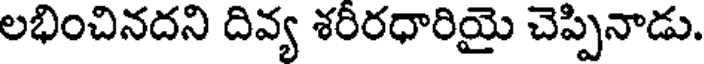
లభించినదని దివ్య శరీరధారియై చెప్పినాడు.